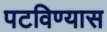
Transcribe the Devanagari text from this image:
पटविण्यास